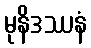
မုနိဒဿနံ